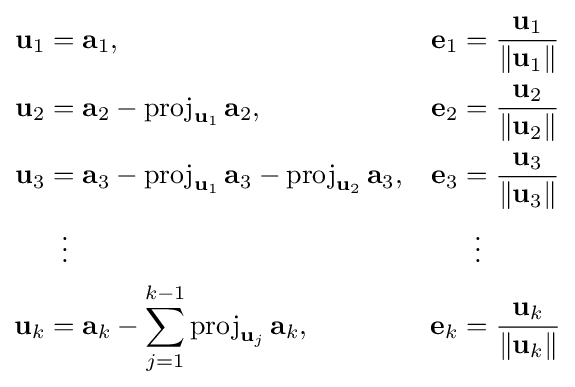
{\begin{aligned}\mathbf {u} _{1}&=\mathbf {a} _{1},&\mathbf {e} _{1}&={\frac {\mathbf {u} _{1}}{\|\mathbf {u} _{1}\|}}\\\mathbf {u} _{2}&=\mathbf {a} _{2}-\operatorname {proj} _{\mathbf {u} _{1}}\mathbf {a} _{2},&\mathbf {e} _{2}&={\frac {\mathbf {u} _{2}}{\|\mathbf {u} _{2}\|}}\\\mathbf {u} _{3}&=\mathbf {a} _{3}-\operatorname {proj} _{\mathbf {u} _{1}}\mathbf {a} _{3}-\operatorname {proj} _{\mathbf {u} _{2}}\mathbf {a} _{3},&\mathbf {e} _{3}&={\frac {\mathbf {u} _{3}}{\|\mathbf {u} _{3}\|}}\\&\;\;\vdots &&\;\;\vdots \\\mathbf {u} _{k}&=\mathbf {a} _{k}-\sum _{j=1}^{k-1}\operatorname {proj} _{\mathbf {u} _{j}}\mathbf {a} _{k},&\mathbf {e} _{k}&={\frac {\mathbf {u} _{k}}{\|\mathbf {u} _{k}\|}}\end{aligned}}